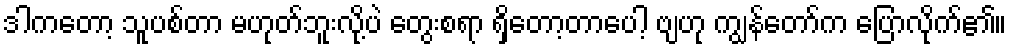
ဒါကတော့ သူပစ်တာ မဟုတ်ဘူးလို့ပဲ တွေးစရာ ရှိတော့တာပေါ့ ဗျဟု ကျွန်တော်က ပြောလိုက်၏။